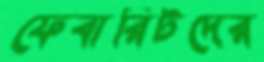
ফেবারিটদের